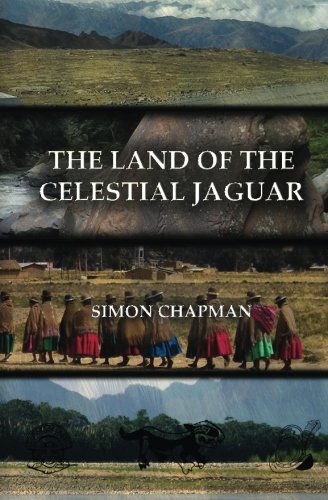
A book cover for The Land of the Celestial Jaguar: Chasing Conquistadors through the Bolivian jungle; Mr Simon Richard Chapman; Travel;